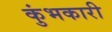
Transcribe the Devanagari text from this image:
कुंभकारी